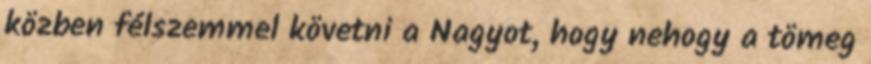
közben félszemmel követni a Nagyot, hogy nehogy a tömeg